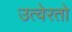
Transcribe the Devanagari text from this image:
उत्वेरतो